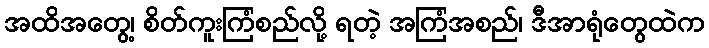
အထိအတွေ့၊ စိတ်ကူးကြံစည်လို့ ရတဲ့ အကြံအစည်၊ ဒီအာရုံတွေထဲက